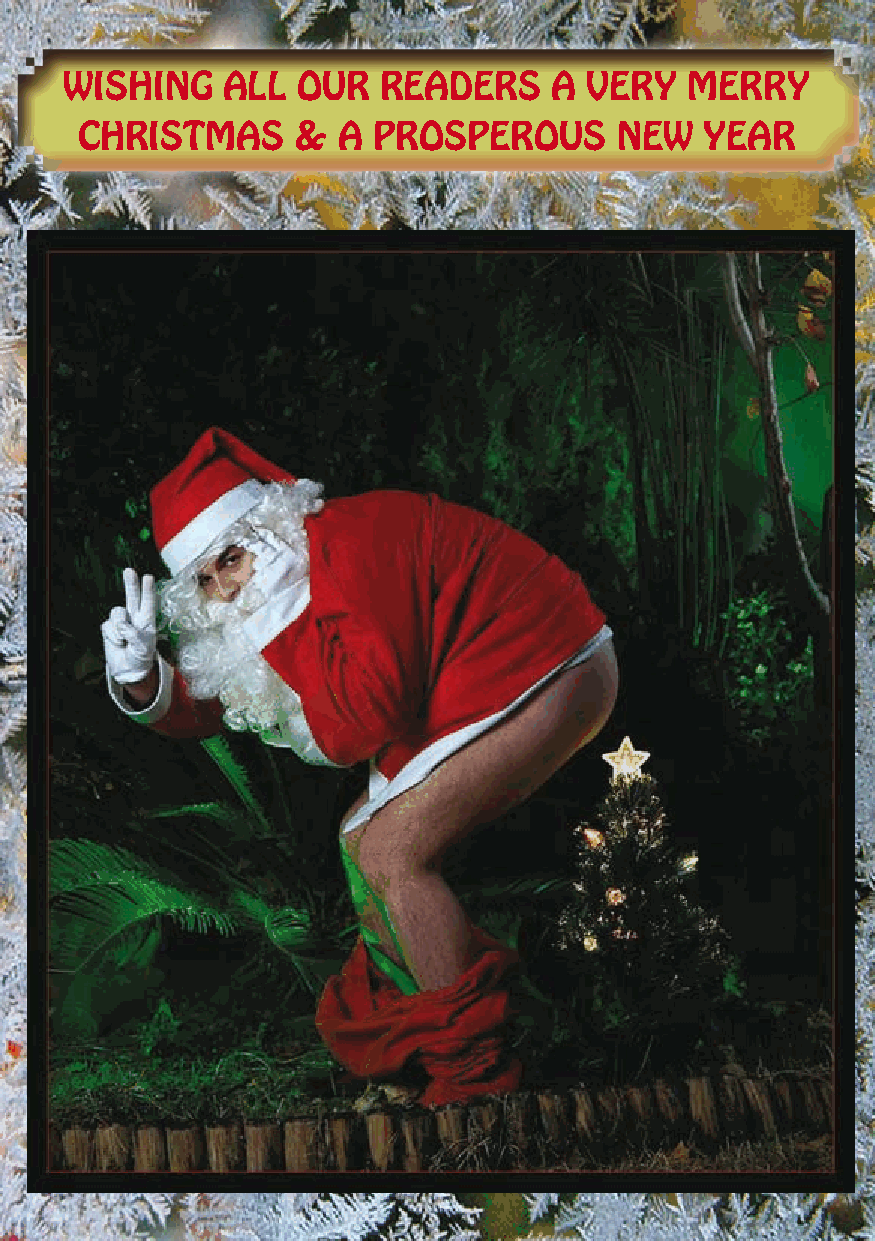
WISHING    ALL  OUR  READERS    A  VERY  MERRY
 CHRISTMAS     &  A  PROSPEROUS      NEW   YEAR